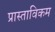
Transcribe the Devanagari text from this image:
प्रास्ताविकम